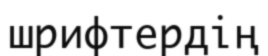
шрифтердің